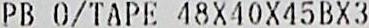
PB 0/TAPE 48X40X45BX3